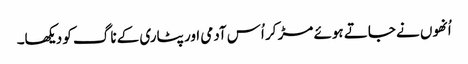
اُنھوں نے جاتے ہوئے مڑ کر اُس آدمی اور پٹاری کے ناگ کو دیکھا۔